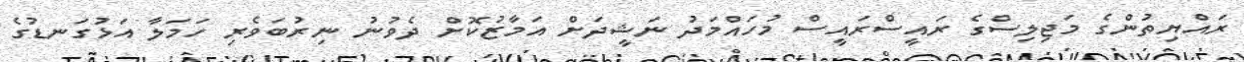
ރައްޔިތުންގެ މަޖިލިސްގެ ރައީސްރައީސް މުހައްމަދު ނަޝީދަށް އަމާޒުކޮށް ދެވުނު ނިރުބަވެރި ހަމަލާ އަޅުގަނޑުގެ